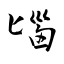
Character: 匘